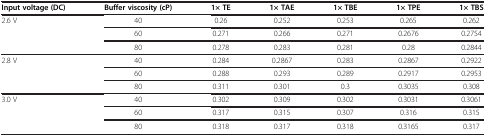
<table><thead><tr><td><b>Input voltage (DC)</b></td><td><b>Buffer viscosity (cP)</b></td><td><b>1× TE</b></td><td><b>1× TAE</b></td><td><b>1× TBE</b></td><td><b>1× TPE</b></td><td><b>1× TBS</b></td></tr></thead><tbody><tr><td rowspan="3">2.6 V</td><td>40</td><td>0.26</td><td>0.252</td><td>0.253</td><td>0.265</td><td>0.262</td></tr><tr><td>60</td><td>0.271</td><td>0.266</td><td>0.271</td><td>0.2676</td><td>0.2754</td></tr><tr><td>80</td><td>0.278</td><td>0.283</td><td>0.281</td><td>0.28</td><td>0.2844</td></tr><tr><td rowspan="3">2.8 V</td><td>40</td><td>0.284</td><td>0.2867</td><td>0.283</td><td>0.2867</td><td>0.2922</td></tr><tr><td>60</td><td>0.288</td><td>0.293</td><td>0.289</td><td>0.2917</td><td>0.2953</td></tr><tr><td>80</td><td>0.311</td><td>0.301</td><td>0.3</td><td>0.3035</td><td>0.308</td></tr><tr><td rowspan="3">3.0 V</td><td>40</td><td>0.302</td><td>0.309</td><td>0.302</td><td>0.3031</td><td>0.3061</td></tr><tr><td>60</td><td>0.317</td><td>0.315</td><td>0.307</td><td>0.316</td><td>0.315</td></tr><tr><td>80</td><td>0.318</td><td>0.317</td><td>0.318</td><td>0.3165</td><td>0.317</td></tr></tbody></table>